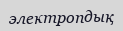
электропдық